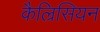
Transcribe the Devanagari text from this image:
कैल्रिसियन